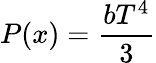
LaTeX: P(x)={\frac{bT^{4}}{3}}